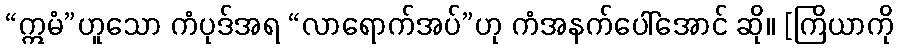
“ဣမံ”ဟူသော ကံပုဒ်အရ “လာရောက်အပ်”ဟု ကံအနက်ပေါ်အောင် ဆို။ [ကြိယာကို